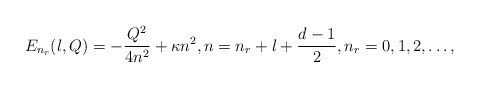
\begin{align*} E_{n_r}(l,Q) = - \frac{Q^2}{4n^2} + \kappa n^2, n = n_r + l + \frac{d-1}{2}, n_r = 0, 1, 2, \ldots,\end{align*}